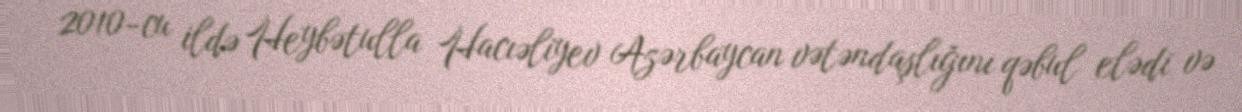
2010-cu ildə Heybətulla Hacıəliyev Azərbaycan vətəndaşlığını qəbul elədi və